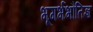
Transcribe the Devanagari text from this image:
भूगर्भभौतिज्ञ